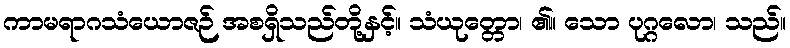
ကာမရာဂသံယောဇဉ် အစရှိသည်တို့နှင့်။ သံယုတ္တော၊ ၏။ သော ပုဂ္ဂလော၊ သည်။